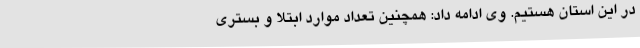
در این استان هستیم. وی ادامه داد: همچنین تعداد موارد ابتلا و بستری